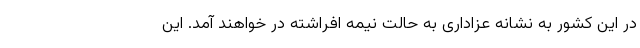
در این کشور به نشانه عزاداری به حالت نیمه افراشته در خواهند آمد. این